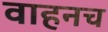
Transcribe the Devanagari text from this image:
वाहनच